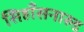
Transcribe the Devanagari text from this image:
सिहाँसनारुड